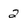
Character: 2